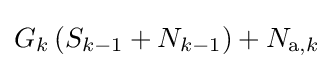
G_{k}\left(S_{k-1}+N_{k-1}\right)+N_{\mathrm {a} ,k}